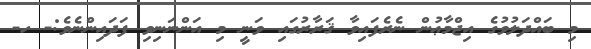
މި ބައްދަލުވުގެ އިޖްމާޢުން ނެރެފައިވާ ޤަރާރުގައި ވަނީ މި އަންނަނިވި ފަދައިންނެވެ:- ހ-